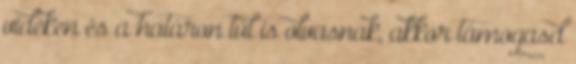
vidéken és a határon túl is olvasnak, akkor támogasd